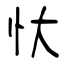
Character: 忕